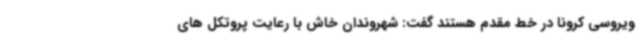
ویروسی کرونا در خط مقدم هستند گفت: شهروندان خاش با رعایت پروتکل های